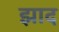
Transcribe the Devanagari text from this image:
झाद